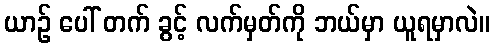
ယာဉ် ပေါ် တက် ခွင့် လက်မှတ်ကို ဘယ်မှာ ယူရမှာလဲ။